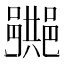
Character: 𨞠